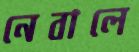
নেবালে